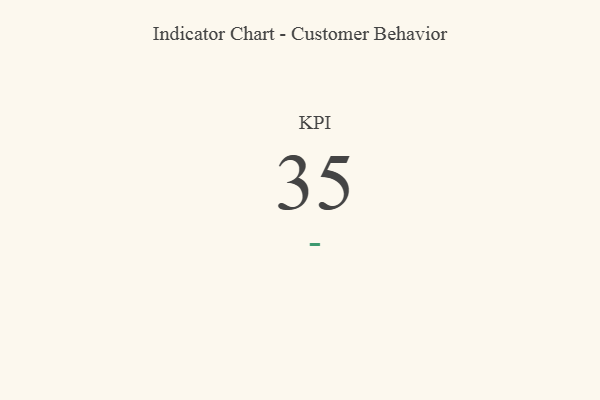
{"axis": {"x": "KPI", "y": "Value"}, "legend": [""], "data": [{"x": "KPI", "y": 35, "type": ""}]}